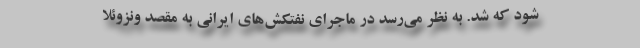
شود که شد. به نظر می‌رسد در ماجرای نفتکش‌های ایرانی به مقصد ونزوئلا